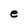
Character: e